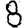
Digit: 8